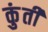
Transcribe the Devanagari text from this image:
कुुंती